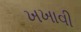
ખખાવી